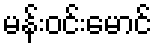
မန်းဝင်းမောင်